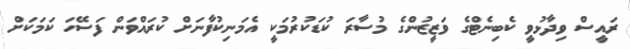
ރައީސް ވިދާޅުވީ ކެބިނެޓްގެ ވަޒީޒުންގެ މުސާރަ ކުޑަކުރުމަކީ އެމަނިކުފާނަށް ކުރައްވަން ފަސޭހަ ކަމަކަށް